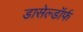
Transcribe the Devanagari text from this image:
डासेल्डॉर्फ